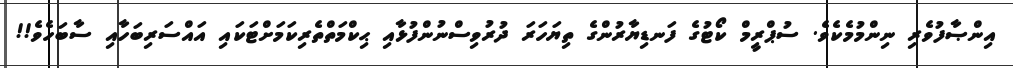
އިންޞާފުވެރި ނިންމުމެކެވެ. ސުޕްރީމް ކޯޓުގެ ފަނޑިޔާރުންގެ ތިޔަހަރަ ދުރުވިސްނުންފުޅާއި ޙިކްމަތްތެރިކަމަށްޓަކައި އައްސަރިބަހާއި ސާބަހެވެ!!